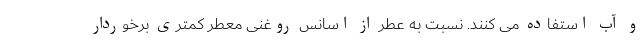
و آب استفاده می کنند. نسبت به عطر از اسانس روغنی معطر کمتری برخوردار